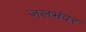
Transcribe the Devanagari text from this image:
जलभंवर